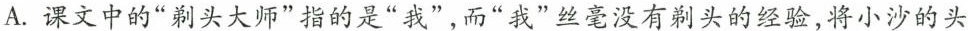
A.课文中的”剃头大师”指的是”我”，而”我”丝毫没有剃头的经验，将小沙的头